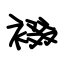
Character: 裰